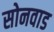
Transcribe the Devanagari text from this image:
सोनवाड